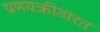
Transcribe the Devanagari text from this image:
प्रणयक्रीडारत